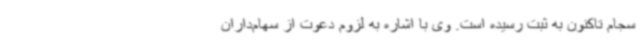
سجام تاکنون به ثبت رسیده است. وی با اشاره به لزوم دعوت از سهام‌داران